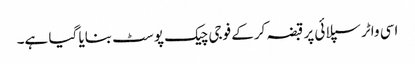
اسی واٹر سپلائی پر قبضہ کرکے فوجی چیک پوسٹ بنایا گیا ہے۔